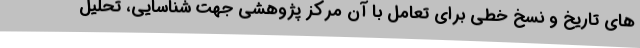
های تاریخ و نسخ خطی برای تعامل با آن مرکز پژوهشی جهت شناسایی، تحلیل